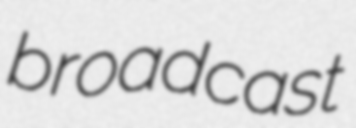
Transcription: broadcast